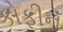
કોફીન